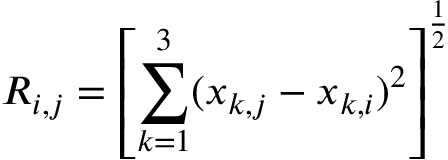
R _ { i , j } = \left[ \sum _ { k = 1 } ^ { 3 } ( x _ { k , j } - x _ { k , i } ) ^ { 2 } \right] ^ { \frac { 1 } { 2 } }